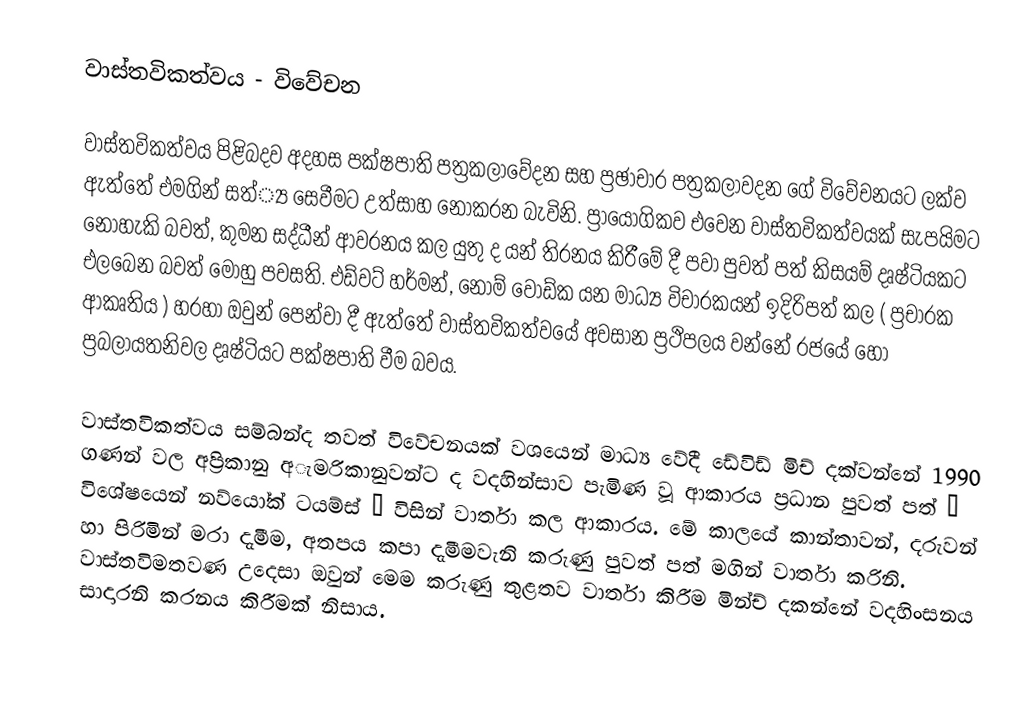
වාස්තවිකත්වය - විවේචන

වාස්තවිකත්වය පිළිබදව අදහස පක්ෂපාති පත්‍රකලාවේදන සහ ප්‍රඡාචාර පත්‍රකලාවදන ගේ විවේචනයට ලක්ව ඇත්තේ එමගින් සත්්‍ය සෙවීමට උත්සාහ නොකරන බැවිනි. ප්‍රායෝගිකව එවෙන වාස්තවිකත්වයක් සැපයිමට නොහැකි බවත්, කුමන සද්ධීන් ආවරනය කල යුතු ද යන් තිරනය කිරීමේ දී පවා  පුවත් පත් කිසයම් දෘෂ්ටියකට  එලබෙන බවත් මොහු පවසති.   එඩ්වට් හර්මන්, නෝම් වෝඩ්ක යන මාධ්‍ය විචාරකයන් ඉදිරිපත් කල ( ප්‍රචාරක ආකෘතිය ) හරහා ඔවුන් පෙන්වා දී ඇත්තේ වාස්තවිකත්වයේ අවසාන ප්‍රථිපලය වන්නේ රජයේ හෝ ප්‍රබලායතනිවල දෘෂ්ටියට පක්ෂපාති වීම බවය.

වාස්තවිකත්වය සම්බන්ද තවත් විවේචනයක් වශයෙන් මාධ්‍ය වේදී ඩේවිඩ් මිච් දක්වන්නේ 1990 ගණන් වල අප්‍රිකානු අැමරිකානුවන්ට ද වදහින්සාව පැමිණ වූ ආකාරය ප්‍රධාන පුවත් පත් “ විශේෂයෙන් නව්යෝක් ටයම්ස් ” විසින් වාර්තා කල ආකාරය. මේ කාලයේ කාන්තාවන්, දරුවන් හා පිරිමින් මරා දැමීම, අතපය කපා දැමීමවැනි කරුණු පුවත් පත් මගින් වාර්තා කරිනි. වාස්තවිමතවණ උදෙසා ඔවුන් මෙම කරුණු තුළතව වාර්තා කිරීම මින්ච් දකන්නේ වදහිංසනය සාදාරනි කරනය කිරීමක් නිසාය.